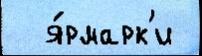
  я́рмарк'и